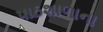
પાઠશાળાના